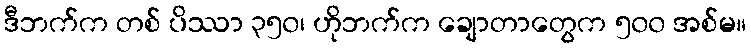
ဒီဘက်က တစ် ပိဿာ ၃၅၀၊ ဟိုဘက်က ချောတာတွေက ၅၀၀ အစ်မ။